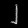
Digit: ၂